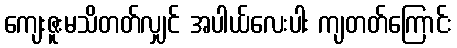
ကျေးဇူးမသိတတ်လျှင် အပါယ်လေးပါး ကျတတ်ကြောင်း